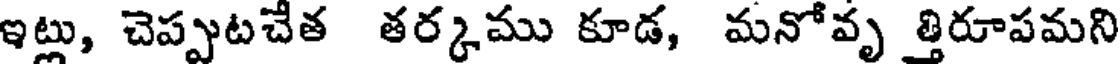
ఇట్లు, చెప్పుటచేత తర్కము కూడ, మనోవృ త్తిరూపమని